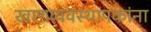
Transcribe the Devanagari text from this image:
खाणव्यवस्थापकांना